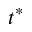
t ^ { * }